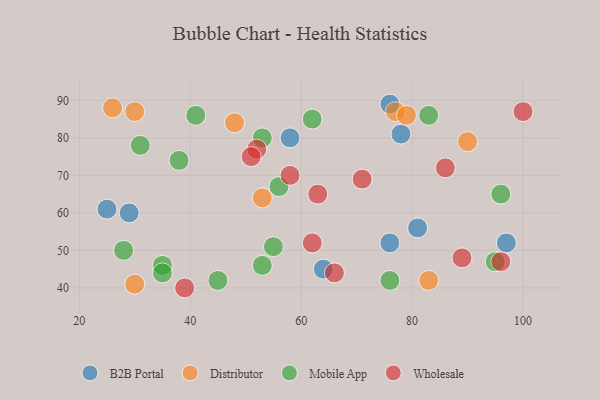
{"axis": {"x": "GDP", "y": "Life Expectancy"}, "legend": ["B2B Portal", "Distributor", "Mobile App", "Wholesale"], "data": [{"x": "25", "y": 61, "type": "B2B Portal"}, {"x": "29", "y": 60, "type": "B2B Portal"}, {"x": "76", "y": 89, "type": "B2B Portal"}, {"x": "64", "y": 45, "type": "B2B Portal"}, {"x": "97", "y": 52, "type": "B2B Portal"}, {"x": "81", "y": 56, "type": "B2B Portal"}, {"x": "78", "y": 81, "type": "B2B Portal"}, {"x": "58", "y": 80, "type": "B2B Portal"}, {"x": "76", "y": 52, "type": "B2B Portal"}, {"x": "83", "y": 42, "type": "Distributor"}, {"x": "30", "y": 41, "type": "Distributor"}, {"x": "26", "y": 88, "type": "Distributor"}, {"x": "77", "y": 87, "type": "Distributor"}, {"x": "48", "y": 84, "type": "Distributor"}, {"x": "53", "y": 64, "type": "Distributor"}, {"x": "79", "y": 86, "type": "Distributor"}, {"x": "90", "y": 79, "type": "Distributor"}, {"x": "30", "y": 87, "type": "Distributor"}, {"x": "35", "y": 46, "type": "Mobile App"}, {"x": "62", "y": 85, "type": "Mobile App"}, {"x": "53", "y": 46, "type": "Mobile App"}, {"x": "83", "y": 86, "type": "Mobile App"}, {"x": "76", "y": 42, "type": "Mobile App"}, {"x": "95", "y": 47, "type": "Mobile App"}, {"x": "28", "y": 50, "type": "Mobile App"}, {"x": "31", "y": 78, "type": "Mobile App"}, {"x": "56", "y": 67, "type": "Mobile App"}, {"x": "96", "y": 65, "type": "Mobile App"}, {"x": "35", "y": 44, "type": "Mobile App"}, {"x": "55", "y": 51, "type": "Mobile App"}, {"x": "38", "y": 74, "type": "Mobile App"}, {"x": "45", "y": 42, "type": "Mobile App"}, {"x": "41", "y": 86, "type": "Mobile App"}, {"x": "53", "y": 80, "type": "Mobile App"}, {"x": "89", "y": 48, "type": "Wholesale"}, {"x": "96", "y": 47, "type": "Wholesale"}, {"x": "52", "y": 77, "type": "Wholesale"}, {"x": "58", "y": 70, "type": "Wholesale"}, {"x": "100", "y": 87, "type": "Wholesale"}, {"x": "86", "y": 72, "type": "Wholesale"}, {"x": "66", "y": 44, "type": "Wholesale"}, {"x": "39", "y": 40, "type": "Wholesale"}, {"x": "63", "y": 65, "type": "Wholesale"}, {"x": "62", "y": 52, "type": "Wholesale"}, {"x": "51", "y": 75, "type": "Wholesale"}, {"x": "71", "y": 69, "type": "Wholesale"}]}